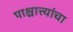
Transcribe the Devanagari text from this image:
पाश्चात्त्यांचा